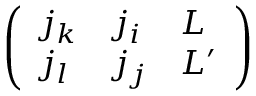
\left( \begin{array} { l l l } { j _ { k } } & { j _ { i } } & { L } \\ { j _ { l } } & { j _ { j } } & { L ^ { \prime } } \end{array} \right)